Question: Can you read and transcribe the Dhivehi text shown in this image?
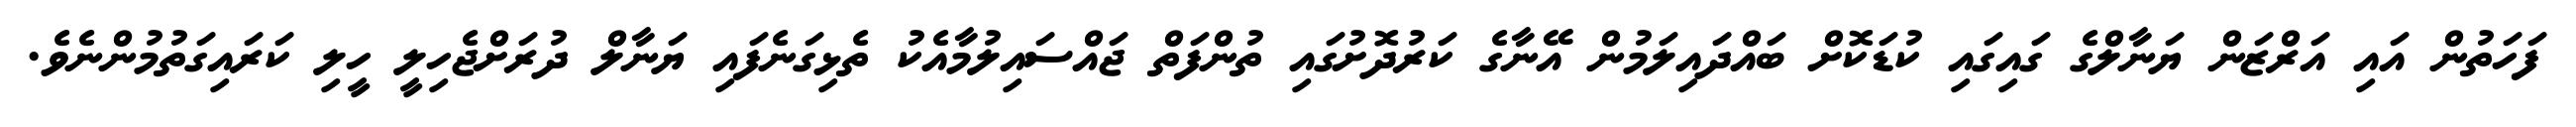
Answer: ފަހަތުން އައި އަރްޒަން ޔަނާލްގެ ގައިގައި ކުޑަކޮށް ބައްދައިލަމުން އޭނާގެ ކަރުދޮށުގައި ތުންފަތް ޖައްސައިލުމާއެކު ތެޅިގަނެފައި ޔަނާލް ދުރަށްޖެހިލީ ހީލި ކަރައިގަތުމުންނެވެ.